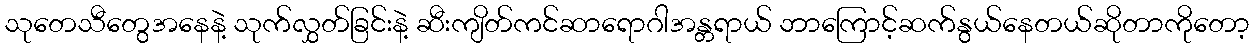
သုတေသီတွေအနေနဲ့ သုက်လွှတ်ခြင်းနဲ့ ဆီးကျိတ်ကင်ဆာရောဂါအန္တရာယ် ဘာကြောင့်ဆက်နွယ်နေတယ်ဆိုတာကိုတော့